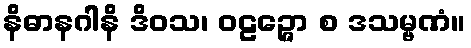
နိဓာနဂါနိ ဒိဝသ၊ ဝဠဉ္ဇော စ ဒသမ္ဗဏံ။